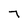
Character: 7